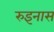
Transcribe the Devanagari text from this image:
रुइनास